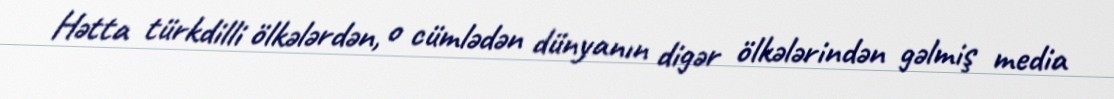
Hətta türkdilli ölkələrdən, o cümlədən dünyanın digər ölkələrindən gəlmiş media